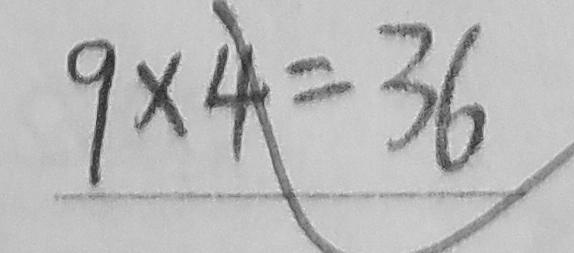
9 \times 4 = 3 6